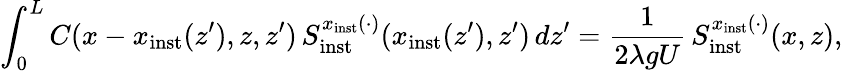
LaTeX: \int_{0}^{L}C(x-x_{\mathrm{inst}}(z^{\prime}),z,z^{\prime})\, S_{\mathrm{inst}}^{x_{\mathrm{inst}}(\cdot)}(x_{\mathrm{inst}}(z^{\prime}),z^{\prime})\, dz^{\prime}=\frac{1}{2\lambda gU}\, S_{\mathrm{inst}}^{x_{\mathrm{inst}}(\cdot)}(x,z),